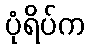
ပုံရိပ်က